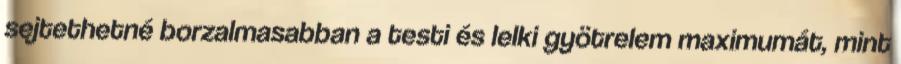
sejtethetné borzalmasabban a testi és lelki gyötrelem maximumát, mint